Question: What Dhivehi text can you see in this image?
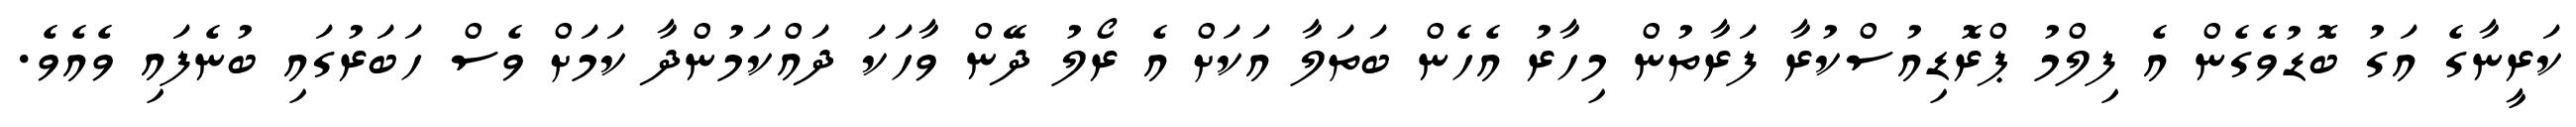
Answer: ކަރީނާގެ އަގު ބޮޑުވެގެން އެ ފިލްމު ޕްރޮޑިއުސްކުރާ ފަރާތުން މިހާރު އެހެން ބަތަލާ އަކަށް އެ ރޯލު ދޭން ވާހަކަ ދައްކަމުންދާ ކަމަށް ވެސް ހަބަރުގައި ބުނެފައި ވެއެވެ.